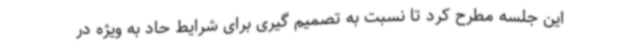
این جلسه مطرح کرد تا نسبت به تصمیم گیری برای شرایط حاد به ویژه در